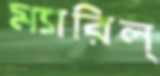
ম্যারিল্